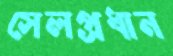
সেলপ্রধান